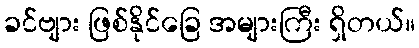
ခင်ဗျား ဖြစ်နိုင်ခြေ အများကြီး ရှိတယ်။